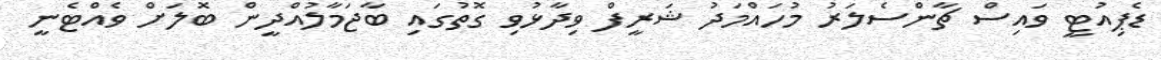
ޑެޕިއުޓީ ވައިސް ޗާންސެލަރު މުހައްމަދު ޝަރީފް ވިދާޅުވި ގޮތުގައި ބާޖަމާލުއްދީން ބޮލަށް ވެއްޓެނީ